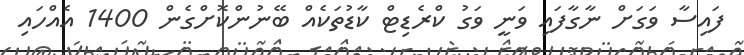
ފައިސާ ވަގަށް ނާގާފައި ވަނީ ވަގު ކްރެޑިޓް ކާޑުތަކެއް ބޭނުންކޮށްގެން 1400 އެއްހައި